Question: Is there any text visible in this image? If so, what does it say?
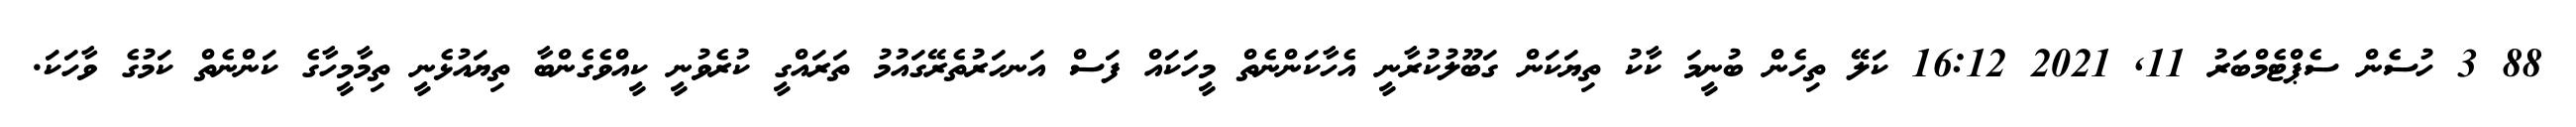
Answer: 88 3 ހުސެން ސެޕްޓެމްބަރު 11, 2021 16:12 ކަލޭ ތިހެން ބުނީމަ ކާކު ތިޔަކަން ގަބޫލުކުރާނީ އެހާކަންނެތް މީހަކައް ފަސް އަނހަރުތެރޭގައުމު ތަރައްގީ ކުރެވުނީ ކީއްވެގެންބާ ތިޔައުޅެނީ ތިމާމީހާގެ ކަންނެތް ކަމުގެ ވާހަކަ.